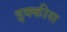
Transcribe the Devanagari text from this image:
इक्‍कीस